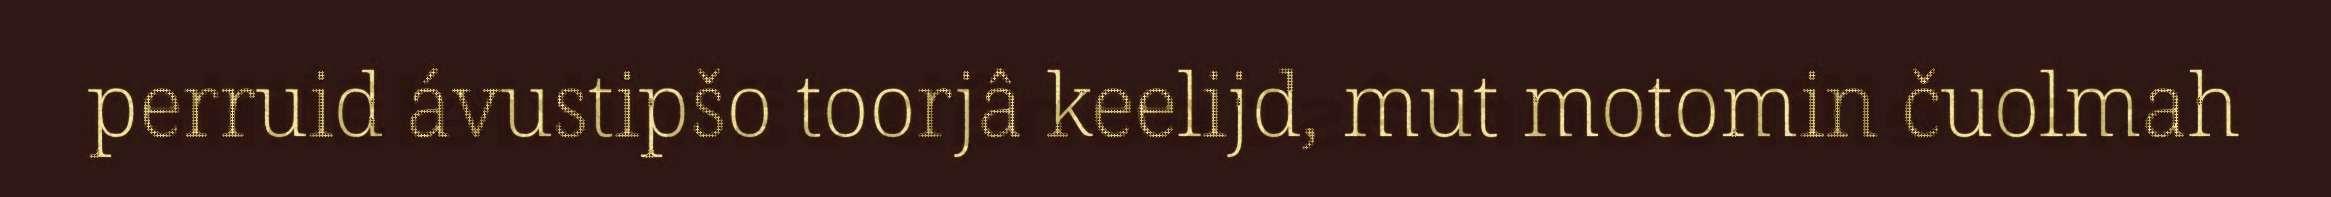
perruid ávustipšo toorjâ keelijd, mut motomin čuolmah